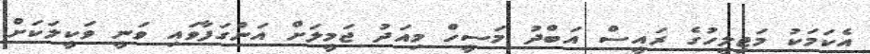
އެކަމަކު މަޖިލީހުގެ ރައީސް އަބްދު މަސީހް މިއަދު ޖަމީލަށް އަންގަފާވައި ވަނީ ވަކީލަކަށް